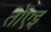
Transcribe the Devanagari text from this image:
तोएइ